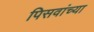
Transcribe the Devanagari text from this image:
पिसवांच्या